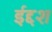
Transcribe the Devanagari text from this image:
ईद्दश